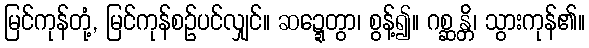
မြင်ကုန်တုံ့, မြင်ကုန်စဉ်ပင်လျှင်။ ဆဍ္ဍေတွာ၊ စွန့်၍။ ဂစ္ဆန္တိ၊ သွားကုန်၏။